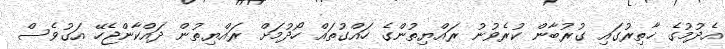
އެދުމުގެ ޚާތިރުގައި ގުރުބާން ކުރެވުނު ރައްޔިތުންގެ ހައްގުތައް ހޯދުމަށް ރައްޔިތުން ދައްކާންޖެހޭ އަގުވެސް